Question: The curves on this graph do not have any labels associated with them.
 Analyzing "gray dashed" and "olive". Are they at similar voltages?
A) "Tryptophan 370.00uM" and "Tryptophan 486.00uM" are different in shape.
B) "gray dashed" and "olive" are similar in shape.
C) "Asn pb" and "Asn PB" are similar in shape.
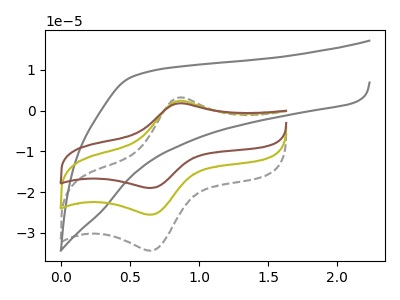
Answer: <think>The gray curve "gray" has no peaks. The gray dashed curve "gray dashed" has an anodic peak at (0.90V, 3.15uA) and a cathodic peak at (0.65V, -34.40uA). The olive curve "olive" has an anodic peak at (0.90V, 2.35uA) and a cathodic peak at (0.65V, -25.60uA). The brown curve "brown" has an anodic peak at (0.90V, 4.70uA) and a cathodic peak at (0.65V, -51.15uA).
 All the peaks in "gray dashed" have a peak in "olive" at the same potential. Every peak in "gray dashed" is higher than every peak in "olive".</think>
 <answer>B) "gray dashed" and "olive" are similar in shape.</answer>
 <eval>B</eval>